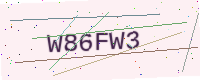
Text: W86FW3